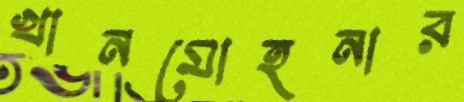
খানমোহনার